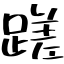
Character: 蹉